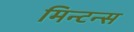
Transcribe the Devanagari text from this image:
मिन्टन्स